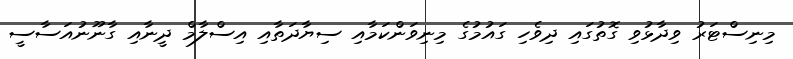
މިނިސްޓަރު ވިދާޅުވި ގޮތުގައި ދިވެހި ގައުމުގެ މިނިވަންކަމާއި ސިޔާދަތާއި އިސްލާމް ދީނާއި ގާނޫނުއަސާސީ